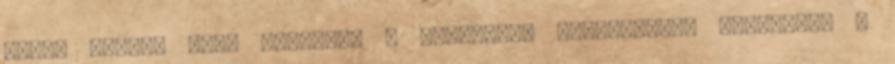
kevés vízzel kell bevenni, a maximális hatékonyság érdekében a